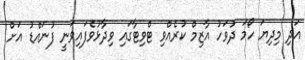
އަދި މިދިޔަ ހޯމަ ދުވަހު އާޒިމް ކުރެއްވި ޓްވިޓާގައި ވިދާޅުވެފައިވަނީ ފުނައްޑު އަށް